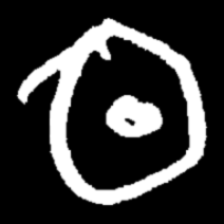
Pyu character \u2014 Myanmar letter: ထ (romanized: tha)